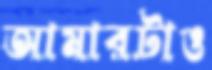
আমারটাও